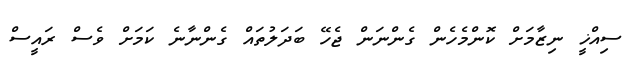
ސިއްޚީ ނިޒާމަށް ކޮންމެހެން ގެންނަން ޖެހޭ ބަދަލުތައް ގެންނާނެ ކަމަށް ވެސް ރައީސް